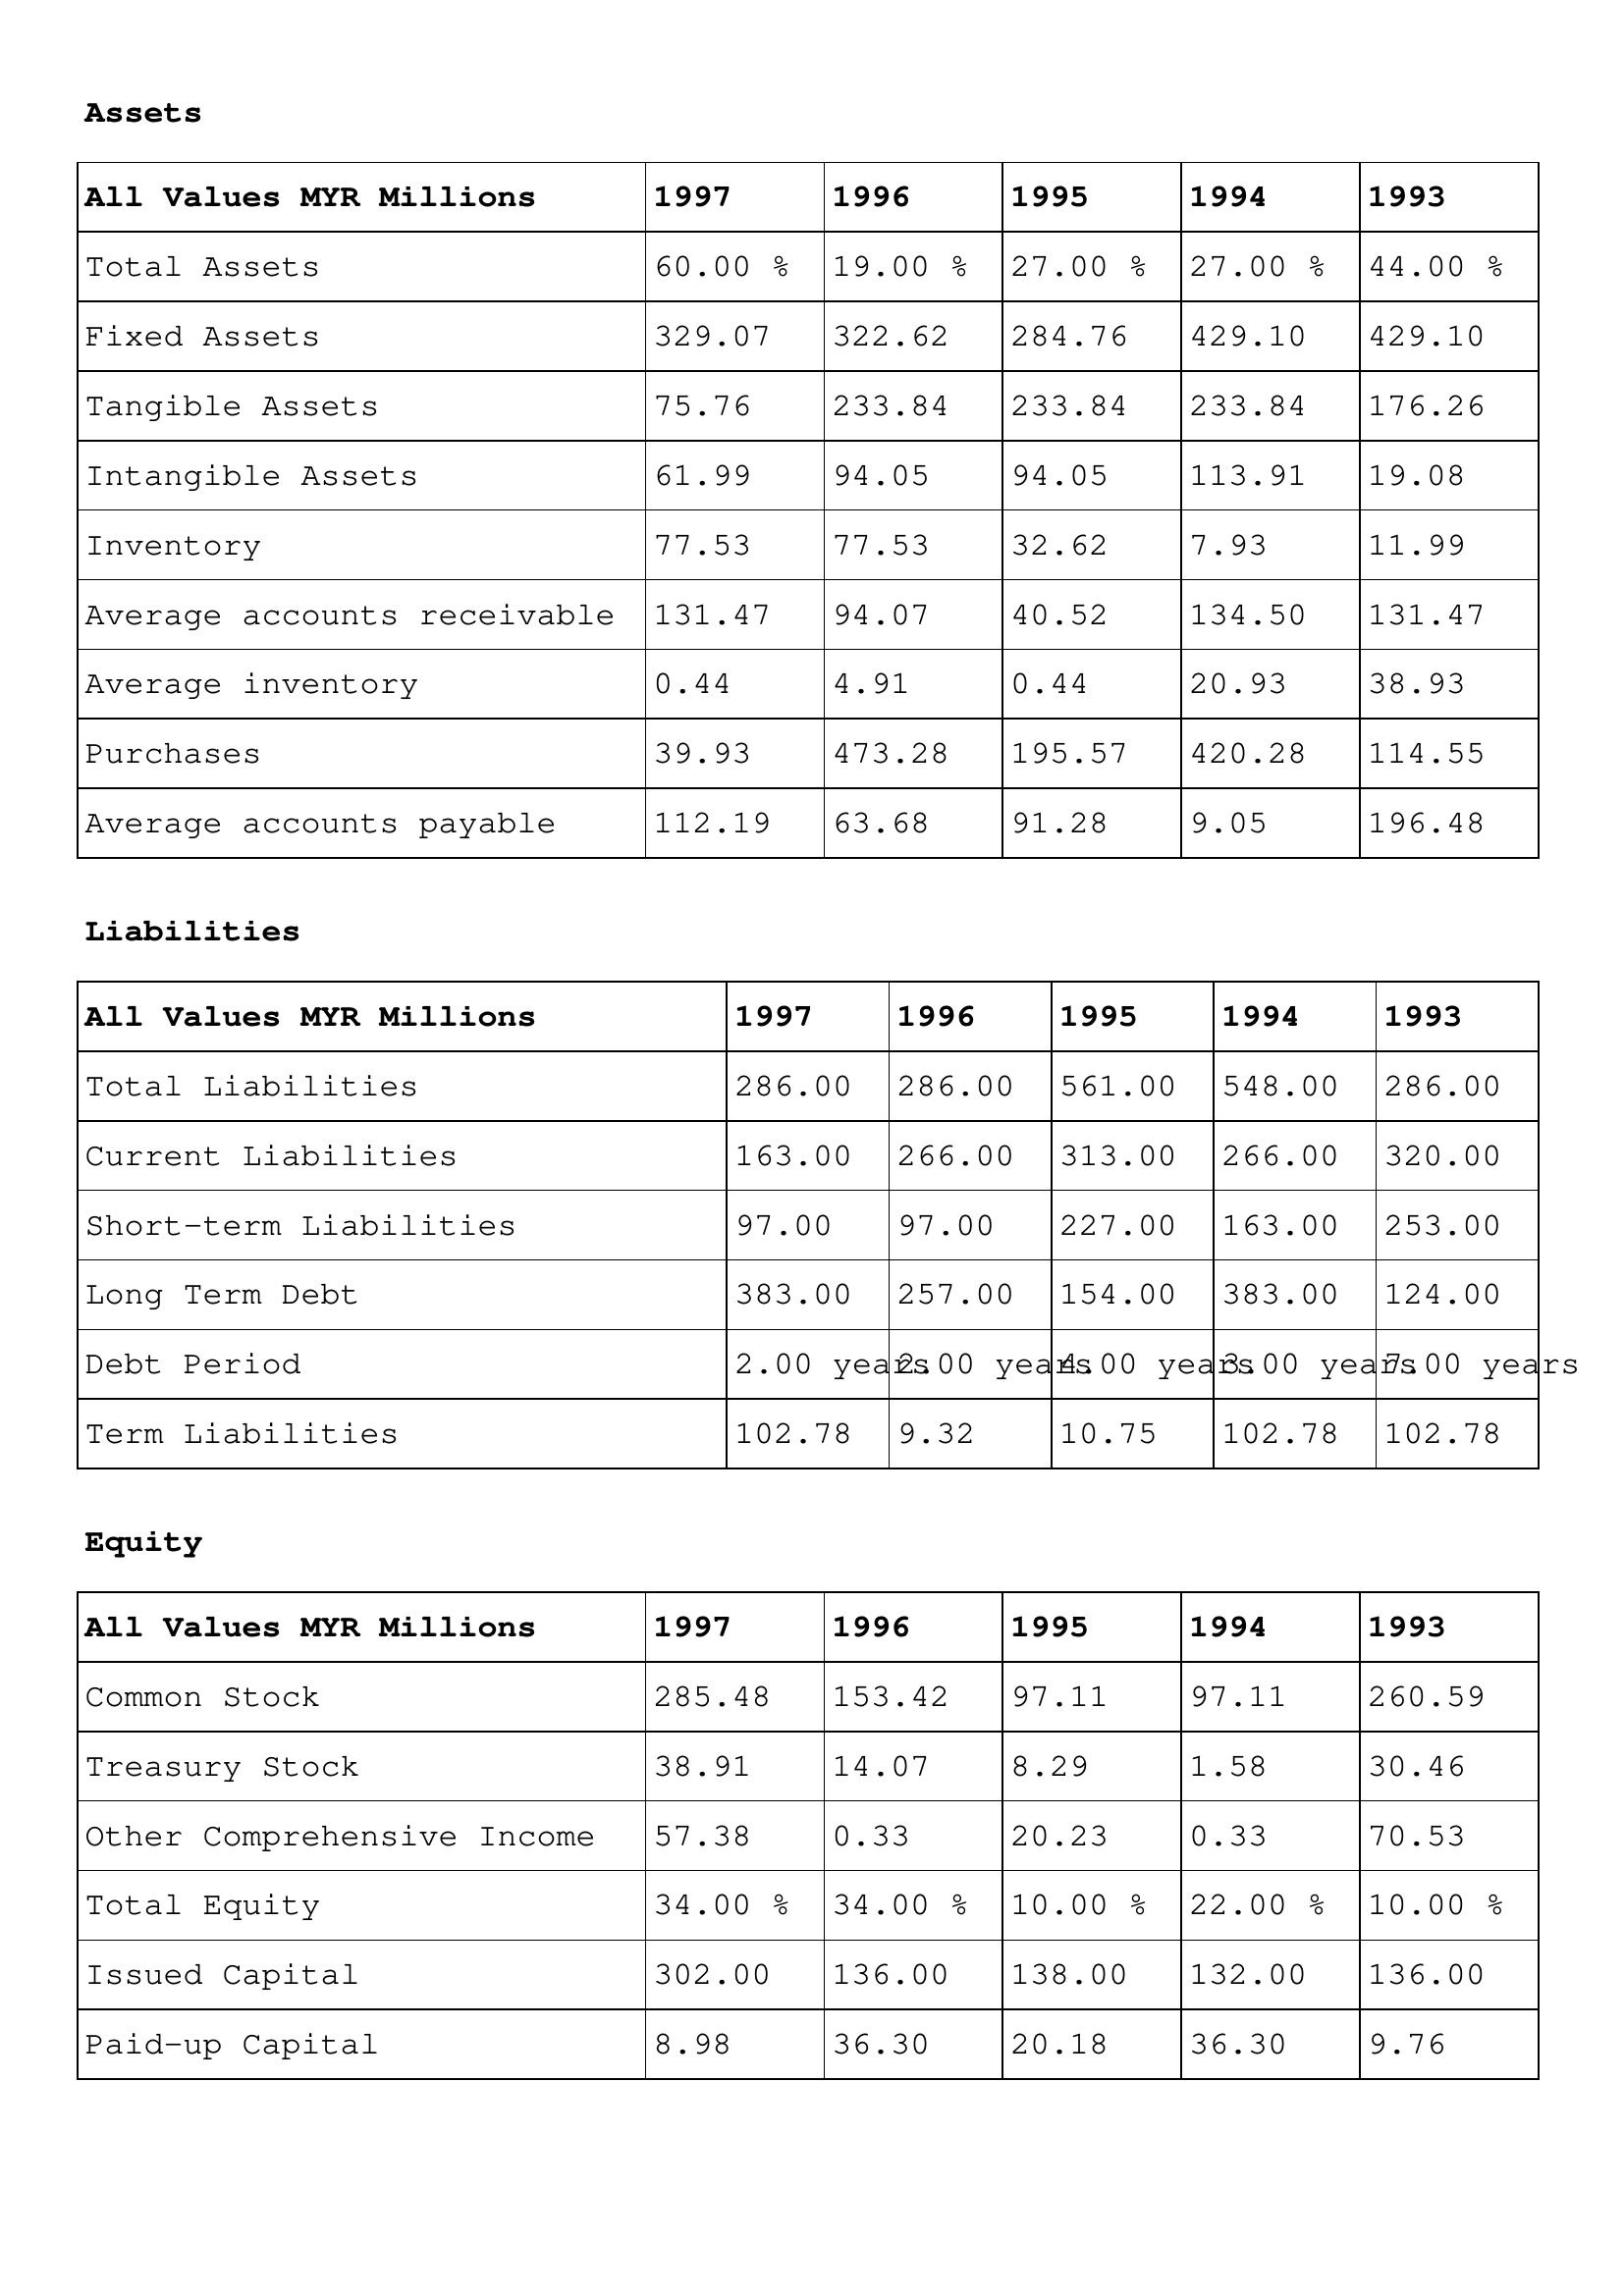
gt_parse: 1997: Assets: Total Assets: 60.00 %
Fixed Assets: 329.07
Tangible Assets: 75.76
Intangible Assets: 61.99
Inventory: 77.53
Average accounts receivable: 131.47
Average inventory: 0.44
Purchases: 39.93
Average accounts payable: 112.19
Liabilities: Total Liabilities: 286.00
Current Liabilities: 163.00
Short-term Liabilities: 97.00
Long Term Debt: 383.00
Debt Period: 2.00 years
Term Liabilities: 102.78
Equity: Common Stock: 285.48
Treasury Stock: 38.91
Other Comprehensive Income: 57.38
Total Equity: 34.00 %
Issued Capital: 302.00
Paid-up Capital: 8.98
1996: Assets: Total Assets: 19.00 %
Fixed Assets: 322.62
Tangible Assets: 233.84
Intangible Assets: 94.05
Inventory: 77.53
Average accounts receivable: 94.07
Average inventory: 4.91
Purchases: 473.28
Average accounts payable: 63.68
Liabilities: Total Liabilities: 286.00
Current Liabilities: 266.00
Short-term Liabilities: 97.00
Long Term Debt: 257.00
Debt Period: 2.00 years
Term Liabilities: 9.32
Equity: Common Stock: 153.42
Treasury Stock: 14.07
Other Comprehensive Income: 0.33
Total Equity: 34.00 %
Issued Capital: 136.00
Paid-up Capital: 36.30
1995: Assets: Total Assets: 27.00 %
Fixed Assets: 284.76
Tangible Assets: 233.84
Intangible Assets: 94.05
Inventory: 32.62
Average accounts receivable: 40.52
Average inventory: 0.44
Purchases: 195.57
Average accounts payable: 91.28
Liabilities: Total Liabilities: 561.00
Current Liabilities: 313.00
Short-term Liabilities: 227.00
Long Term Debt: 154.00
Debt Period: 4.00 years
Term Liabilities: 10.75
Equity: Common Stock: 97.11
Treasury Stock: 8.29
Other Comprehensive Income: 20.23
Total Equity: 10.00 %
Issued Capital: 138.00
Paid-up Capital: 20.18
1994: Assets: Total Assets: 27.00 %
Fixed Assets: 429.10
Tangible Assets: 233.84
Intangible Assets: 113.91
Inventory: 7.93
Average accounts receivable: 134.50
Average inventory: 20.93
Purchases: 420.28
Average accounts payable: 9.05
Liabilities: Total Liabilities: 548.00
Current Liabilities: 266.00
Short-term Liabilities: 163.00
Long Term Debt: 383.00
Debt Period: 3.00 years
Term Liabilities: 102.78
Equity: Common Stock: 97.11
Treasury Stock: 1.58
Other Comprehensive Income: 0.33
Total Equity: 22.00 %
Issued Capital: 132.00
Paid-up Capital: 36.30
1993: Assets: Total Assets: 44.00 %
Fixed Assets: 429.10
Tangible Assets: 176.26
Intangible Assets: 19.08
Inventory: 11.99
Average accounts receivable: 131.47
Average inventory: 38.93
Purchases: 114.55
Average accounts payable: 196.48
Liabilities: Total Liabilities: 286.00
Current Liabilities: 320.00
Short-term Liabilities: 253.00
Long Term Debt: 124.00
Debt Period: 7.00 years
Term Liabilities: 102.78
Equity: Common Stock: 260.59
Treasury Stock: 30.46
Other Comprehensive Income: 70.53
Total Equity: 10.00 %
Issued Capital: 136.00
Paid-up Capital: 9.76